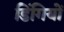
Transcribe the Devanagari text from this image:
डिंगियों